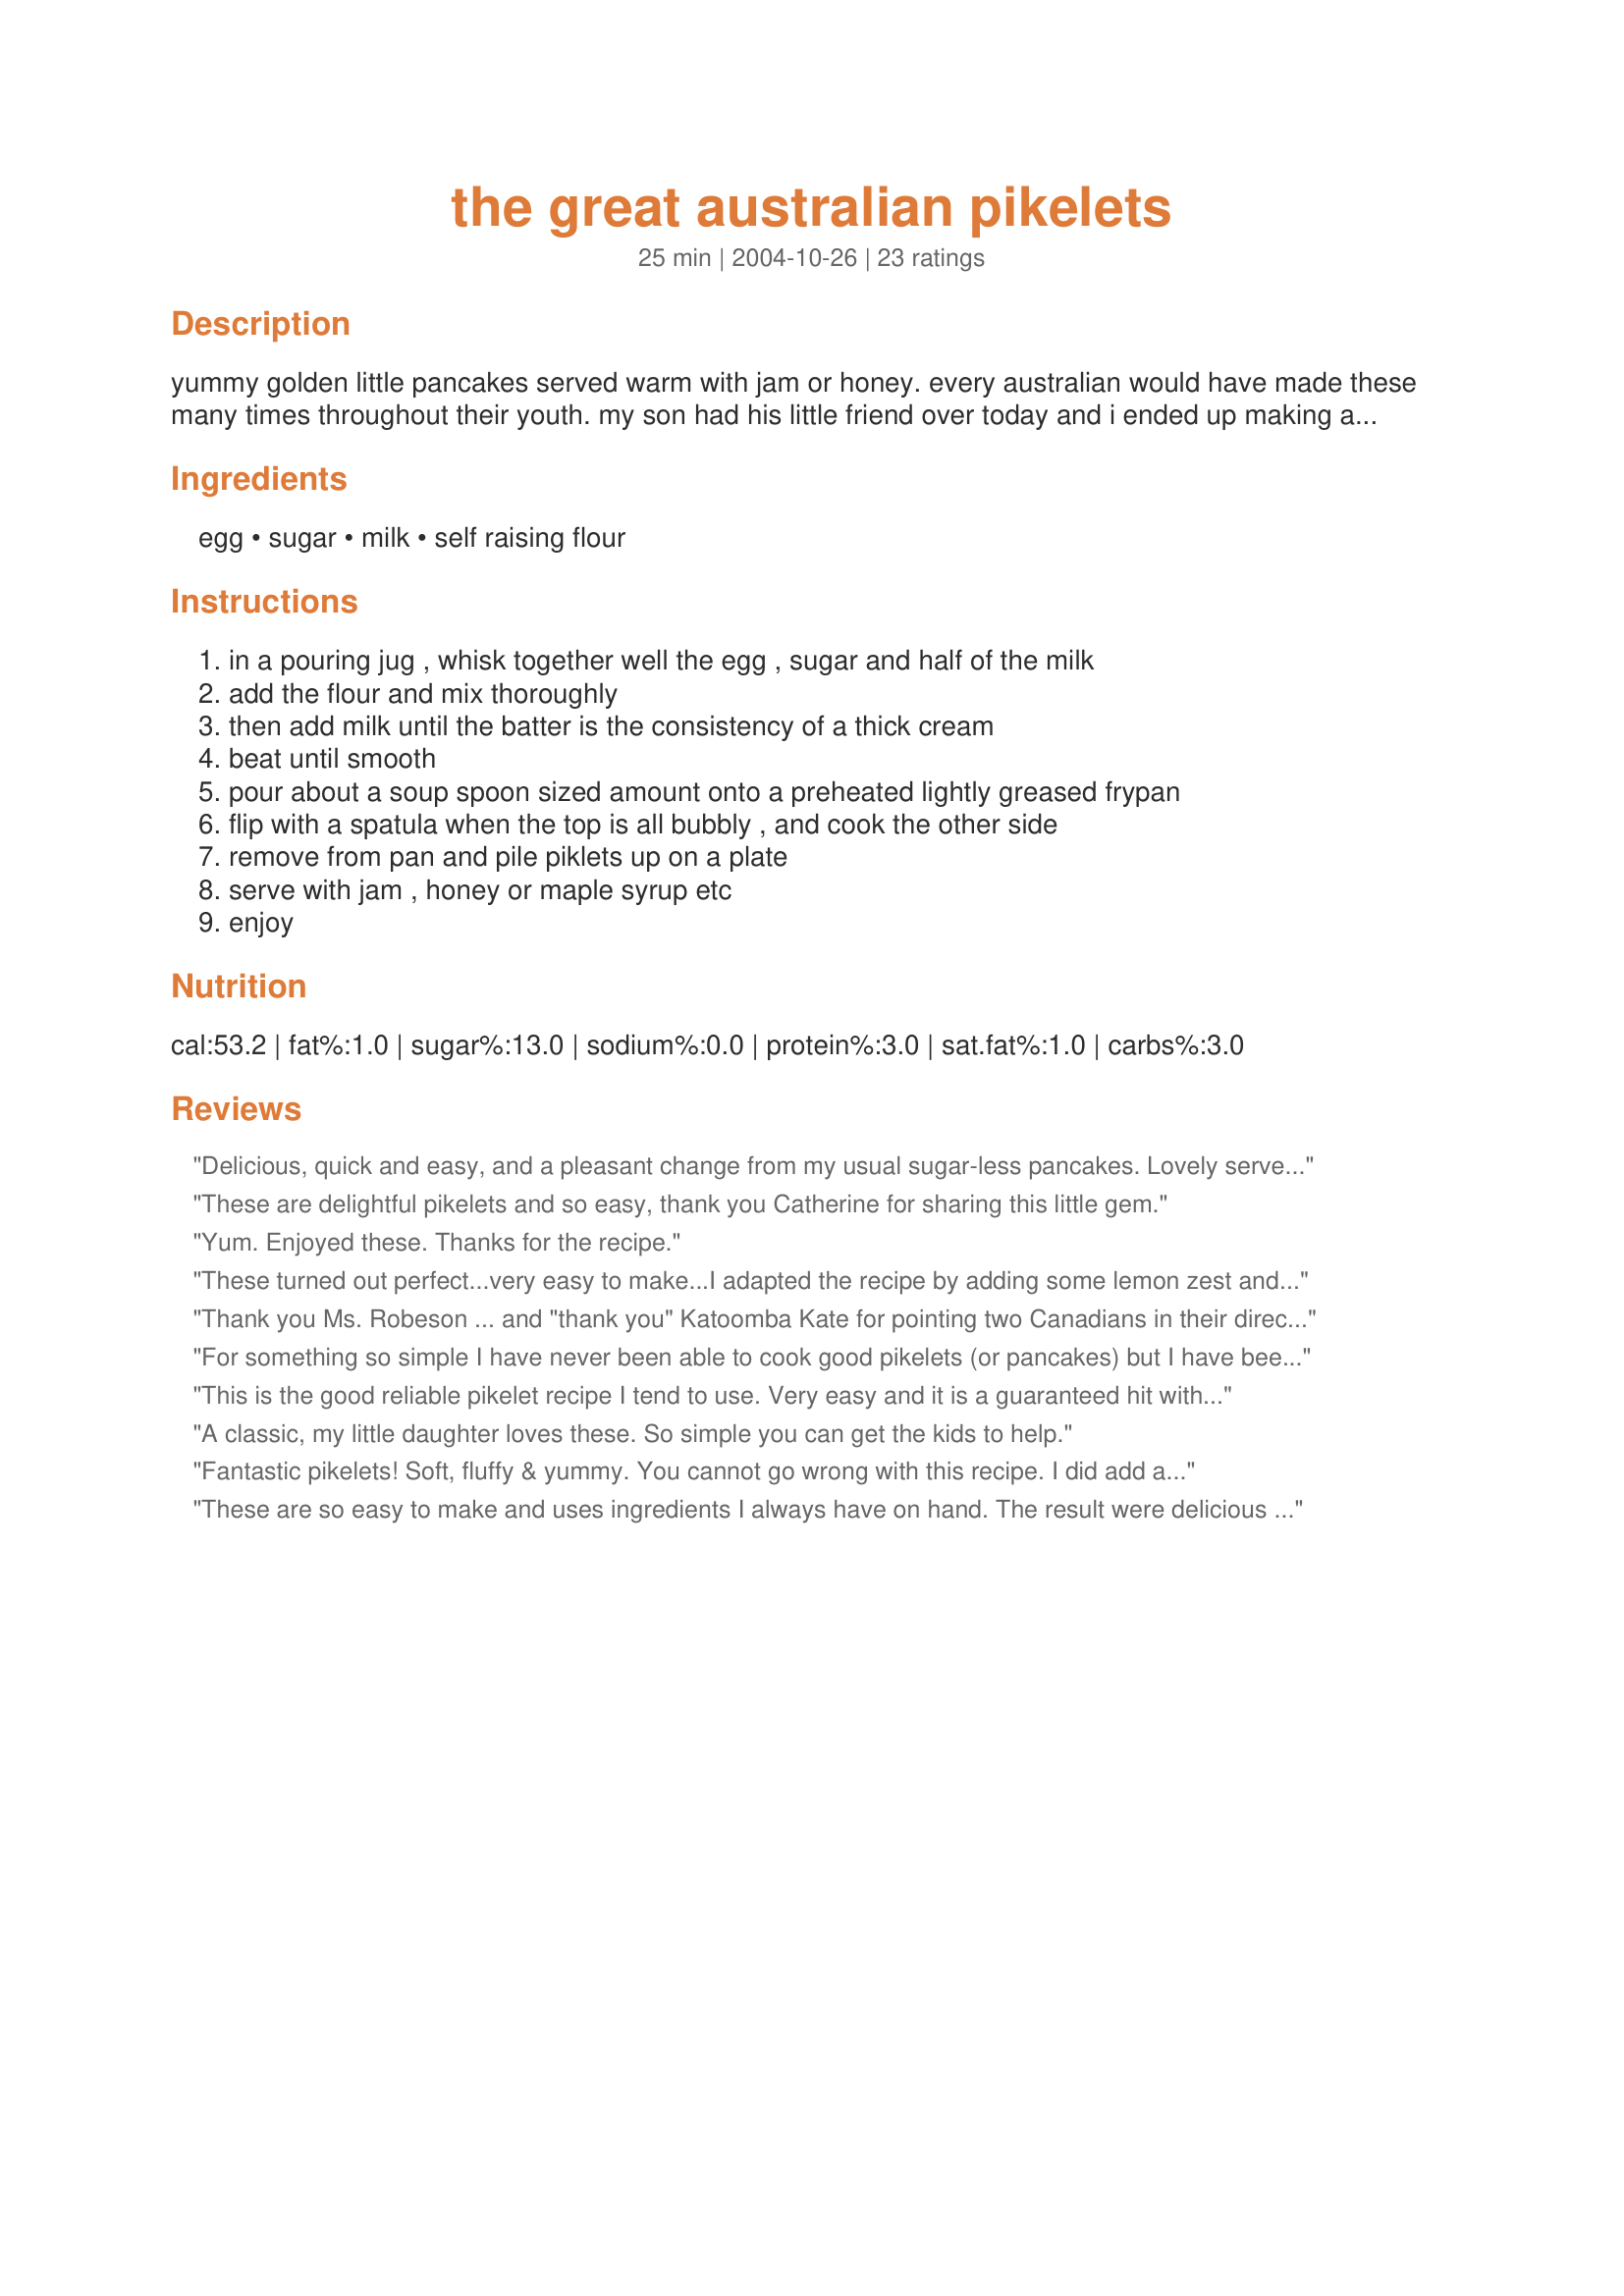
the great australian pikelets
Preparation time: 25 minutes

yummy golden little pancakes served warm with jam or honey. every australian would have made these many times throughout their youth. my son had his little friend over today and i ended up making a second batch because the boys gobbled them up and begged for more.

Ingredients:
egg, sugar, milk, self raising flour

Steps:
in a pouring jug , whisk together well the egg , sugar and half of the milk, add the flour and mix thoroughly, then add milk until the batter is the consistency of a thick cream, beat until smooth, pour about a soup spoon sized amount onto a preheated lightly greased frypan, flip with a spatula when the top is all bubbly , and cook the other side, remove from pan and pile piklets up on a plate, serve with jam , honey or maple syrup etc, enjoy

Reviews:
Delicious, quick and easy, and a pleasant change from my usual sugar-less pancakes. Lovely served hot, with butter slowly melting over them. Mmmmm. Reviewed for Pick-A-Chef, Fall 2007.
These are delightful pikelets and so easy, thank you Catherine for sharing this little gem.
Yum. Enjoyed these. Thanks for the recipe.
These turned out perfect...very easy to make...I adapted the recipe by adding some lemon zest and a dash of cinnamon, that a gave a nice twist to a great Aussie fave!
Thank you Ms. Robeson ... and "thank you" Katoomba Kate for pointing two Canadians in their direction. These "pikelets" were easily made and splendidly tasty served with Canadian Maple Syrup. (Pancakes DO NOT have to be plate-sized and piled-to-the-heavens ... WHATEVER it says in the fourth chorus of "Oh Canada!" Our thanks to Australia for pointing this out.)
For something so simple I have never been able to cook good pikelets (or pancakes) but I have been craving them for days now so decided to try another different recipe. I just have to say that these turned out perfect! They weren't bland like a lot of pikelets can be (I added 1 tspn of vanilla) and they were very light and fluffy and best of all I was able to cook them to perfection without over cooking or under cooking and they didn't fall apart when i flipped them. Thank you Catherine for giving me the ability to enjoy pikelets again :)
This is the good reliable pikelet recipe I tend to use. Very easy and it is a guaranteed hit with the kids.
A classic, my little daughter loves these. So simple you can get the kids to help.
Fantastic pikelets! Soft, fluffy & yummy. You cannot go wrong with this recipe. I did add a few drops of vanilla essence however. Great just topped with butter & jam.
These are so easy to make and uses ingredients I always have on hand. The result were delicious little pikelets (Silver dollar pancakes to us in the States, but a tad sweeter). We had ours with a combination of butter, syrup or jam. Thank you for sharing this recipe Catherine!
I have made pikelets before but these were wonderful. Sweet, fluffy small pancakes which were eaten warm as they didn&#039;t get enough time to cool. My kids put nutella on them, my husband put peanut butter and honey and I put some sliced cheese on mine while they were still cooking for a melted cheesy version. All delicious!
Made these for breakfast and they were great, Served them with homemade Strawberry Jam, The kids loved em' Thanks for the recipe.
What charming and splendid little pancakes! These are sweet, light and flavorful. Made as written with the 3/4 teaspoon vanilla option. Will be making again and am placing in my best of 2011 book. Thanks for the post.
I forgot to mention that I needed a little more milk than listed to come to a workable consistency but this wasn't a big issue and all worked out well. Just wanted to mention this incase others had the same problem.
We just loved them. Child came home for school "I'm hungry", in less than 10 minutes she was in heaven. Thanks and so easy
I reviewed these with 5 stars in march, as an australian they were a childhood treat. ..... I just made another batch (as i do every day its cold) and replaced the sugar with half a mashed banana, also added vanilla. These were for our 21mth old son but now i have to make more, they are gorgeous. LOVE the banana in them.
I love this recipe, it is so simple and yummy. Tastes great with raspberry jam.
Thanks for this recipe, have tried a few but these are the closest to the pikelets we had as children in NZ. I also added a sprinkle of cinnamon into the flour and they were delicious. I found 1/4 cup of sugar a little bit too sweet for my taste so I reduced the sugar to 1/6 cup which worked well for us as we balanced it with a topping of strawberry jam to serve. Really great recipe, simple to use, easy to mix, no hard to smooth lumps. Thanks so much.
Very easy and loved them.. I also added a tsp of vanilla and a little more milk.
These have to be cooked in butter! My kids LOVE these. They are great in lunch boxes and freeze well too. A great recipe that requires only a few ingredients and creates a fabulous snack.
These are really light and fluffy and very easy to make. Next time we will double the recipe as there wasn't enough but that is because they got gobbled up so fast. Thanks for posting :)
Very tasty and so easy to make. I did add about a 1/2 tsp of vanilla. Wonderful little morsals. Thanks
These are great! Fluffy and sweet and I liked the vanilla flavor. I topped mine with strawberry preserves and really enjoyed this breakfast treat - thanks for posting the recipe! Made for Spring PAC 2009
